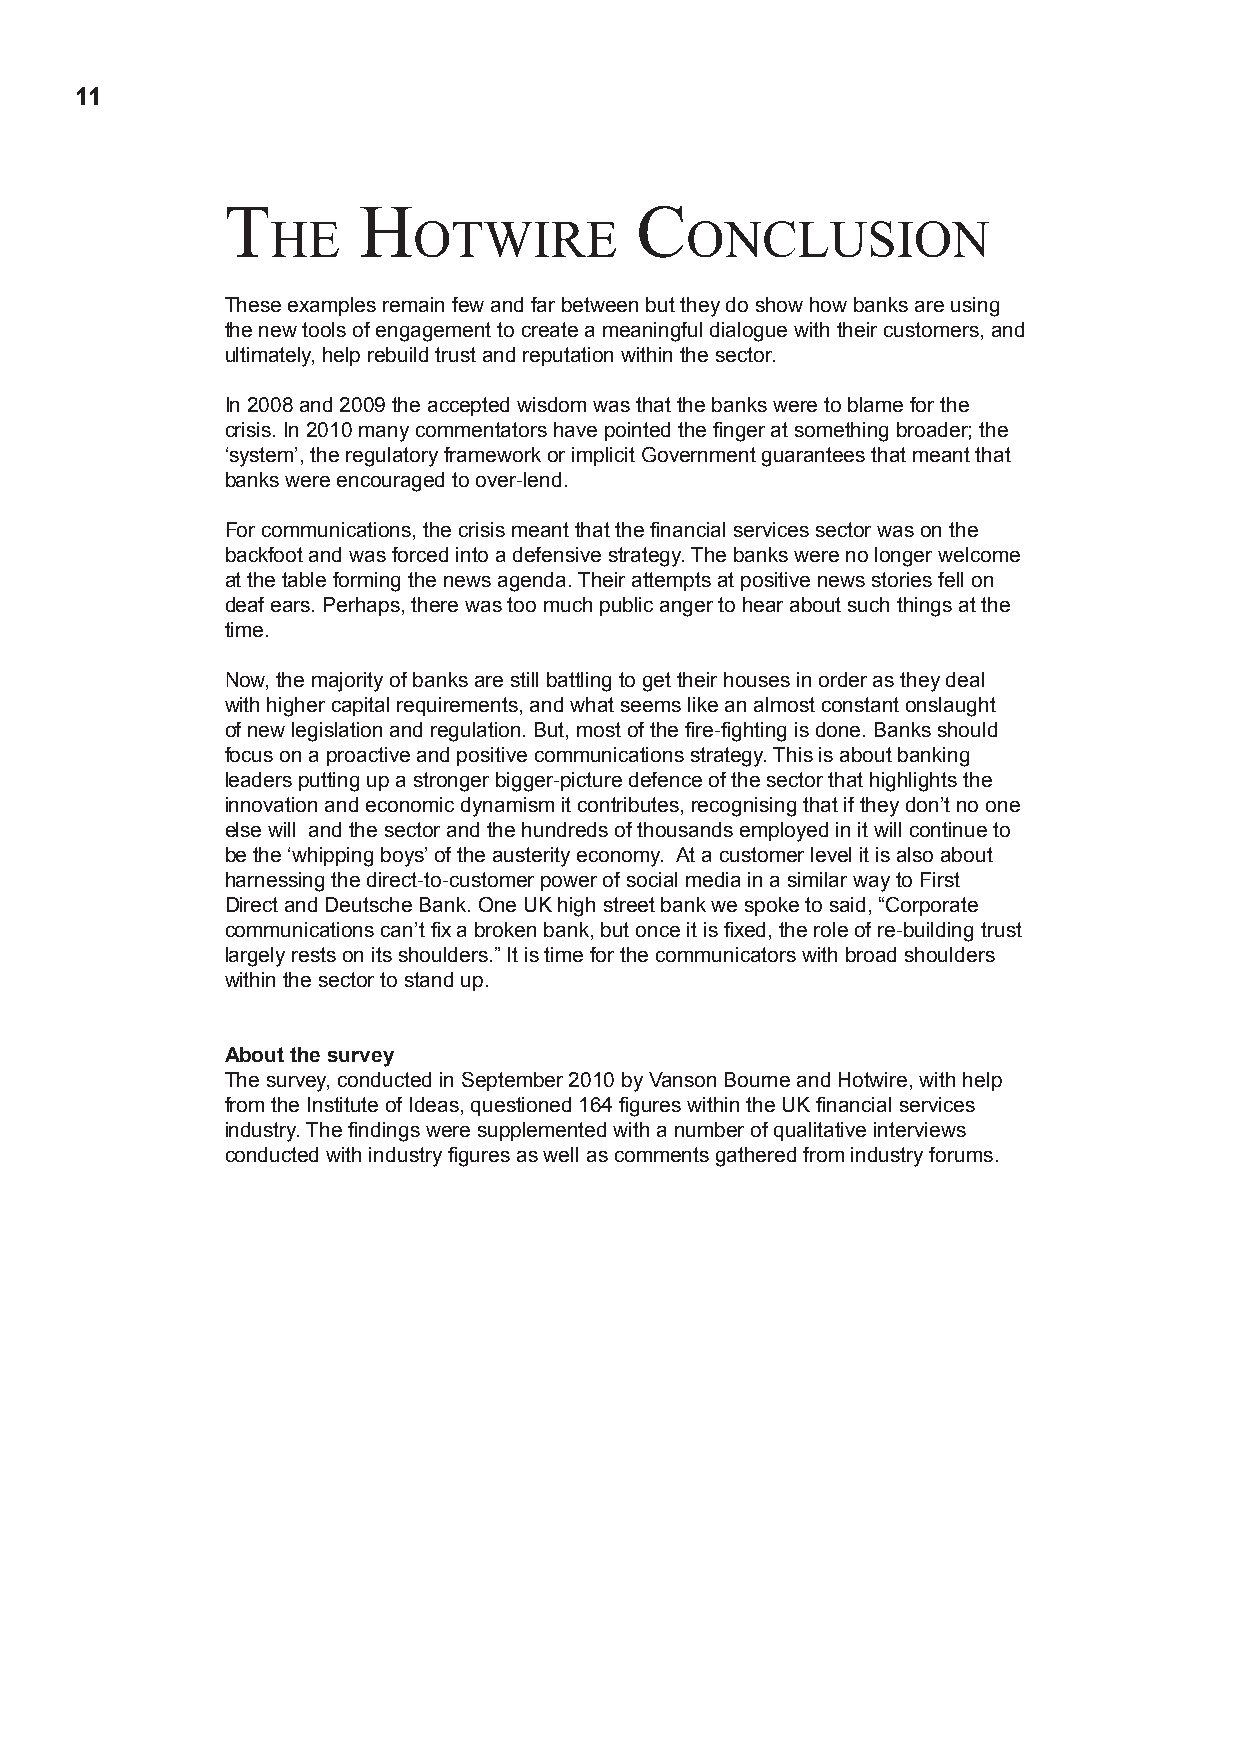
11
 t        h                 C
 he       otwIre            onClusIon
 These examples remain few and far between but they do show how banks are using
 the new tools of engagement to create a meaningful dialogue with their customers, and
 ultimately, help rebuild trust and reputation within the sector.
 In 2008 and 2009 the accepted wisdom was that the banks were to blame for the
 crisis. In 2010 many commentators have pointed the finger at something broader; the
 ‘system’, the regulatory framework or implicit Government guarantees that meant that
 banks were encouraged to over-lend.
 For communications, the crisis meant that the financial services sector was on the
 backfoot and was forced into a defensive strategy. The banks were no longer welcome
 at the table forming the news agenda. Their attempts at positive news stories fell on
 deaf ears. Perhaps, there was too much public anger to hear about such things at the
 time.
 Now, the majority of banks are still battling to get their houses in order as they deal
 with higher capital requirements, and what seems like an almost constant onslaught
 of new legislation and regulation. But, most of the fire-fighting is done. Banks should
 focus on a proactive and positive communications strategy. This is about banking
 leaders putting up a stronger bigger-picture defence of the sector that highlights the
 innovation and economic dynamism it contributes, recognising that if they don’t no one
 else will and the sector and the hundreds of thousands employed in it will continue to
 be the ‘whipping boys’ of the austerity economy. At a customer level it is also about
 harnessing the direct-to-customer power of social media in a similar way to First
 Direct and Deutsche Bank. One UK high street bank we spoke to said, “Corporate
 communications can’t fix a broken bank, but once it is fixed, the role of re-building trust
 largely rests on its shoulders.” It is time for the communicators with broad shoulders
 within the sector to stand up.
 About the survey
 The survey, conducted in September 2010 by Vanson Bourne and Hotwire, with help
 from the Institute of Ideas, questioned 164 figures within the UK financial services
 industry. The findings were supplemented with a number of qualitative interviews
 conducted with industry figures as well as comments gathered from industry forums.